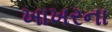
ખાખરના